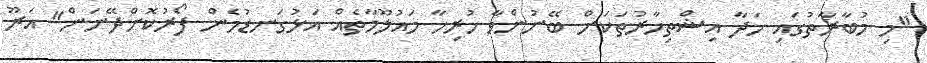
"މި މުބާރާތުގައި ހަދާ އިޝްތިހާރުތަކަށް ބޭނުންވާ ހުރިހާ މައުލޫމާތެއް އަޅުގަނޑުމެން ފޯރުކޮށްދޭނަން" އަރޫ